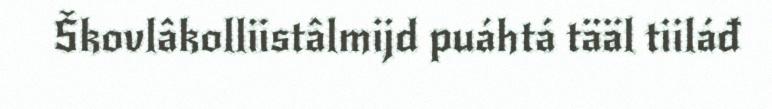
Škovlâkolliistâlmijd puáhtá tääl tiiláđ